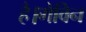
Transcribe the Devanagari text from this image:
है।गेविन